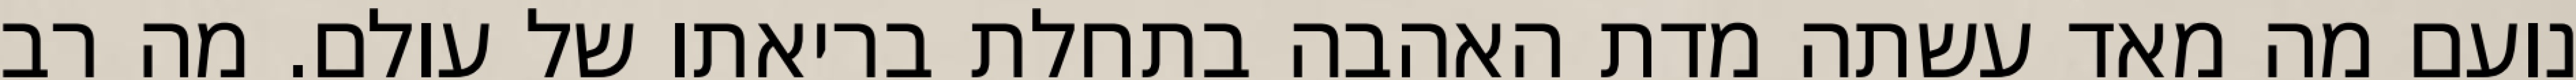
נועם מה מאד עשתה מדת האהבה בתחלת בריאתו של עולם. מה רב